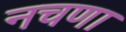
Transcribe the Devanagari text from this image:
नचणा